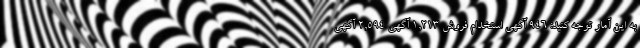
به این آمار توجه کنید: 946 آگهی استخدام فروش 1,213 آگهی 2,594 آگهی